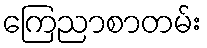
ကြေညာစာတမ်း